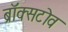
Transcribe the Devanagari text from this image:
ब्रॉक्सटोव